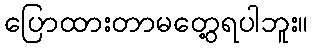
ပြောထားတာမတွေ့ရပါဘူး။